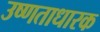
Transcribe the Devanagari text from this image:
उष्णताधारक